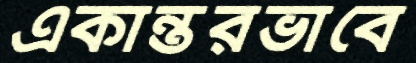
একান্তরভাবে